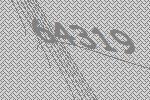
64319